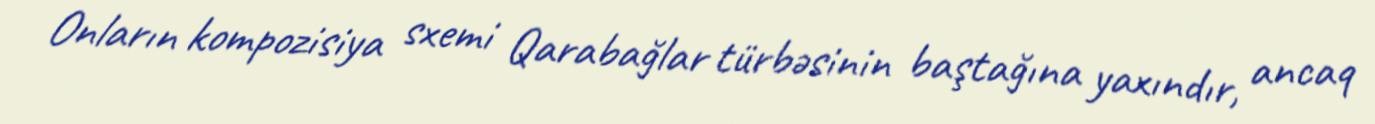
Onların kompozisiya sxemi Qarabağlar türbəsinin baştağına yaxındır, ancaq